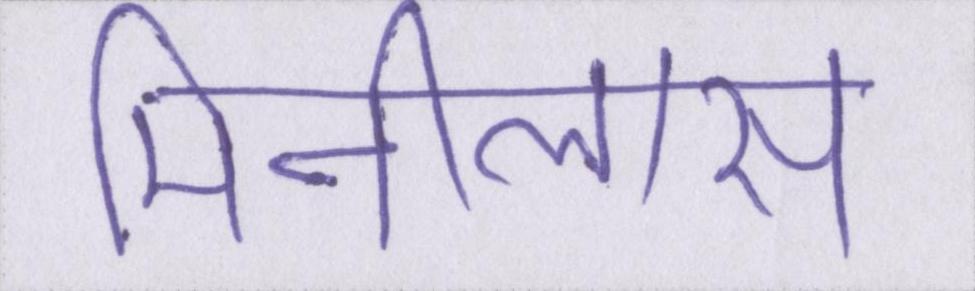
मिनीलास